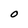
Character: o